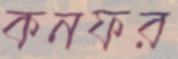
কনফর